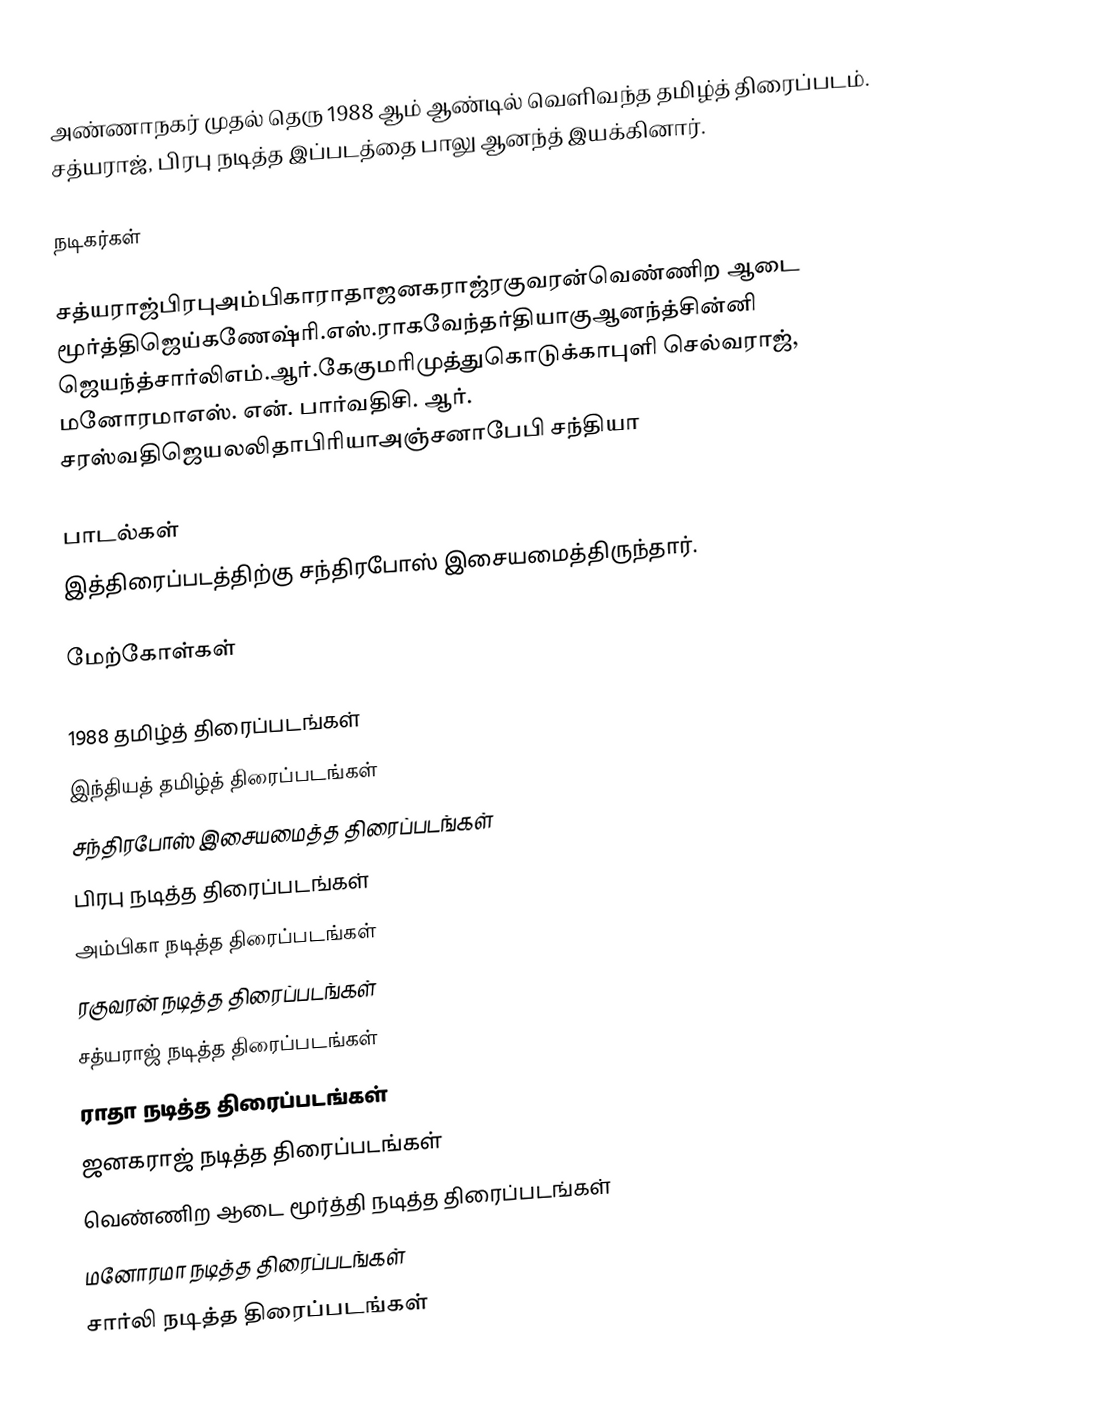
அண்ணாநகர் முதல் தெரு 1988 ஆம் ஆண்டில் வெளிவந்த தமிழ்த்  திரைப்படம். சத்யராஜ், பிரபு நடித்த இப்படத்தை பாலு ஆனந்த் இயக்கினார்.

நடிகர்கள்

சத்யராஜ்பிரபுஅம்பிகாராதாஜனகராஜ்ரகுவரன்வெண்ணிற ஆடை மூர்த்திஜெய்கணேஷ்ரி.எஸ்.ராகவேந்தர்தியாகுஆனந்த்சின்னி ஜெயந்த்சார்லிஎம்.ஆர்.கேகுமரிமுத்துகொடுக்காபுளி செல்வராஜ், மனோரமாஎஸ். என். பார்வதிசி. ஆர். சரஸ்வதிஜெயலலிதாபிரியாஅஞ்சனாபேபி சந்தியா

பாடல்கள்
இத்திரைப்படத்திற்கு சந்திரபோஸ் இசையமைத்திருந்தார்.

மேற்கோள்கள்

1988 தமிழ்த் திரைப்படங்கள்
இந்தியத் தமிழ்த் திரைப்படங்கள்
சந்திரபோஸ் இசையமைத்த திரைப்படங்கள்
பிரபு நடித்த திரைப்படங்கள்
அம்பிகா நடித்த திரைப்படங்கள்
ரகுவரன் நடித்த திரைப்படங்கள்
சத்யராஜ் நடித்த திரைப்படங்கள்
ராதா நடித்த திரைப்படங்கள்
ஜனகராஜ் நடித்த திரைப்படங்கள்
வெண்ணிற ஆடை மூர்த்தி நடித்த திரைப்படங்கள்
மனோரமா நடித்த திரைப்படங்கள்
சார்லி நடித்த திரைப்படங்கள்